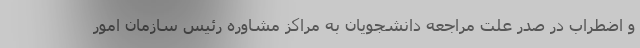
و اضطراب در صدر علت مراجعه دانشجویان به مراکز مشاوره رئیس سازمان امور